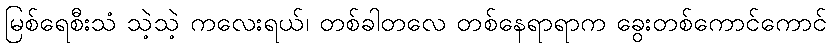
မြစ်ရေစီးသံ သဲ့သဲ့ ကလေးရယ်၊ တစ်ခါတလေ တစ်နေရာရာက ခွေးတစ်ကောင်ကောင်